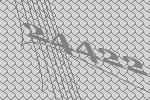
24422